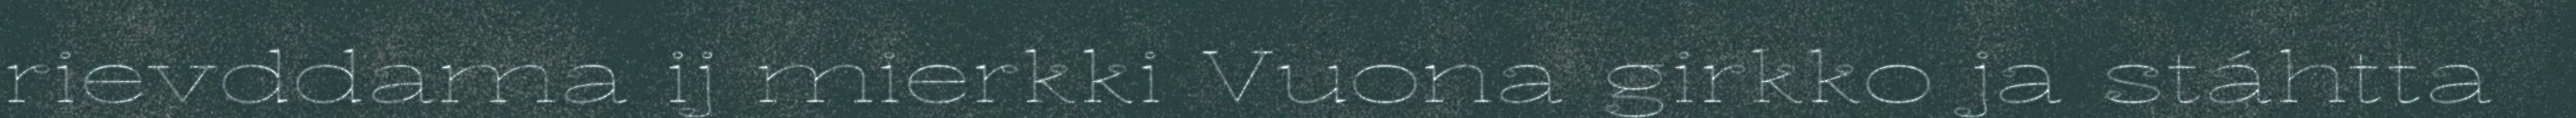
rievddama ij mierkki Vuona girkko ja stáhtta